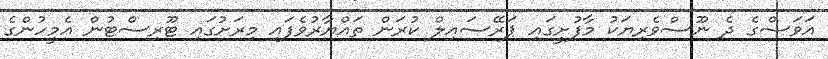
އަވަސްގެ ދެ ނޫސްވެރިޔަކު މާފުށީގައި ޕަރޭސައިލް ކުރަން ތައްޔާރުވެފައި މިރަށުގައި ޓޫރިސްޓުން އެމީހުންގެ